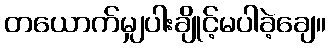
တယောက်မျှပါးချိုင့်မပါခဲ့ချေ။